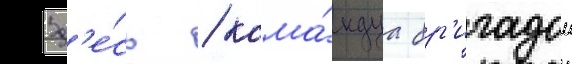
Зд'е́сь / кома́ндуа бр'игадои